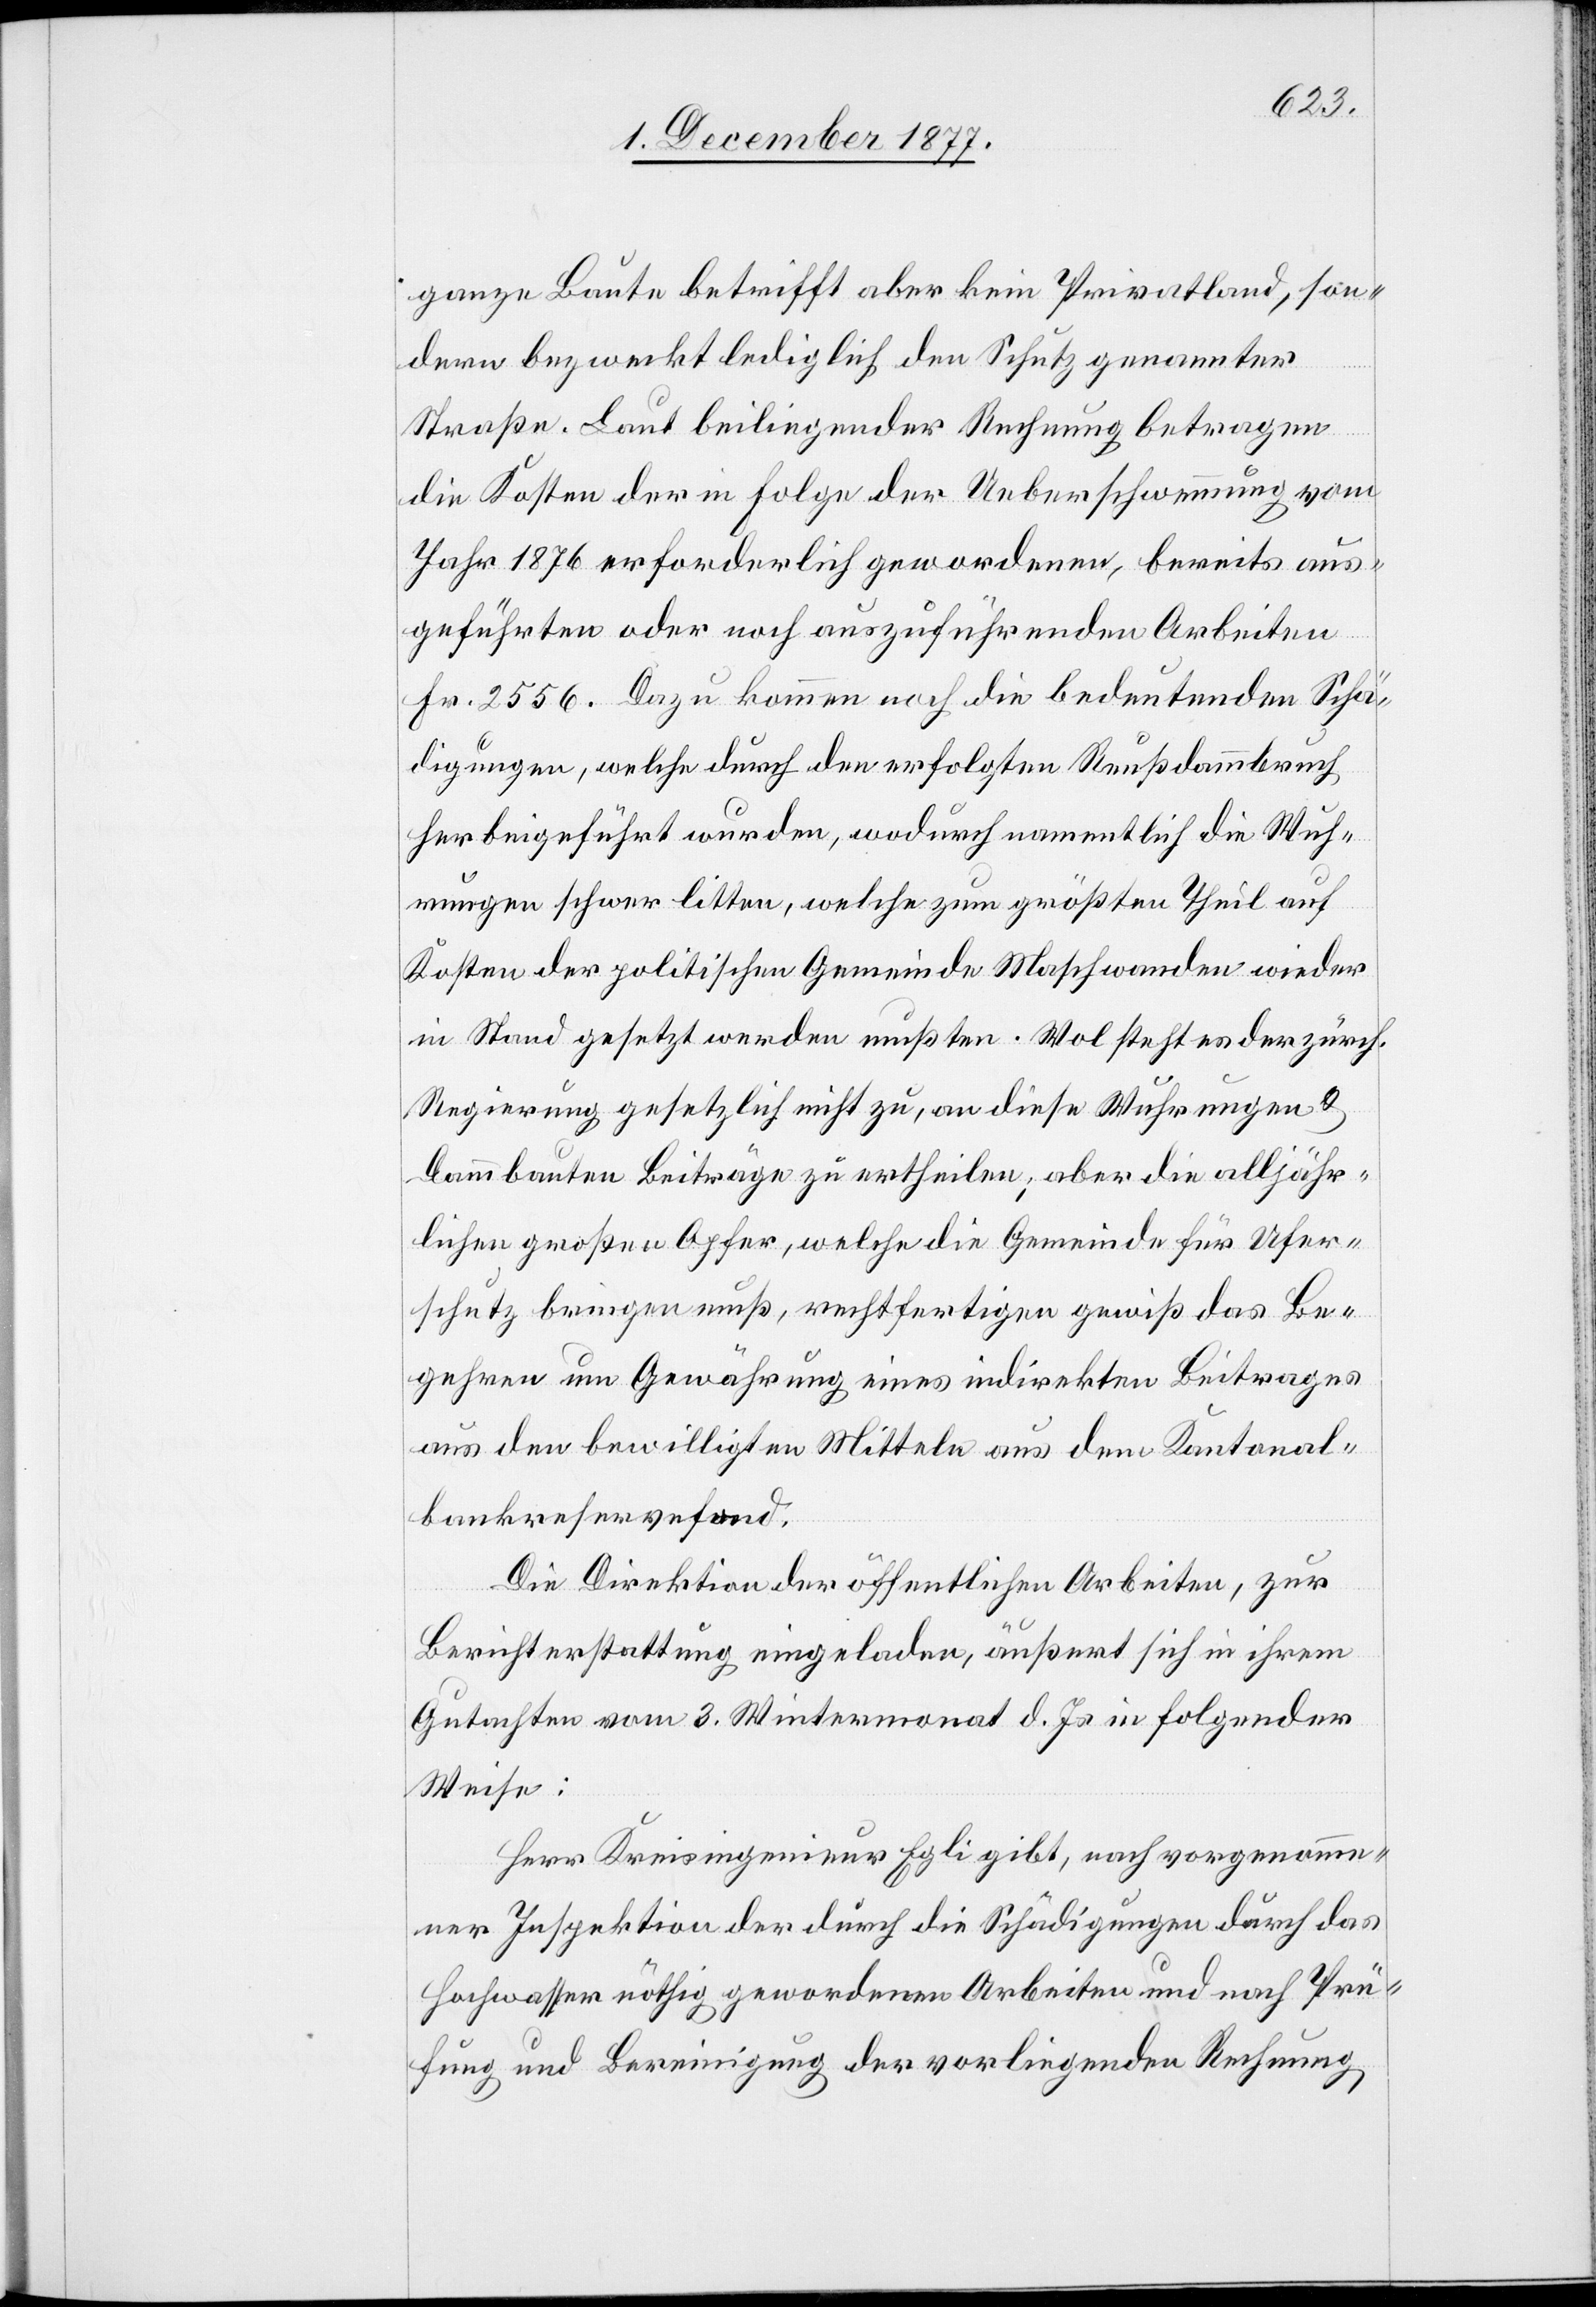
ganze Baute betrifft aber kein Privatland, son¬
dern bezweckt lediglich den Schutz genannter
Straße. Laut beiliegender Rechnung betragen
die Kosten der in Folge der Ueberschwemmung vom
Jahr 1876 erforderlich gewordenen, bereits aus¬
geführten oder noch auszuführenden Arbeiten
Fr. 2556. Dazu kommen noch die bedeutenden Schä¬
digungen, welche durch den erfolgten Reußdammbruch
herbeigeführt wurden, wodurch namentlich die Wuh¬
rungen schwer litten, welche zum größten Theil auf
Kosten der politischen Gemeinde Maschwanden wieder
in Stand gesetzt werden mußten. Wol steht es der zürch.
Regierung gesetzlich nicht zu, an diese Wuhrungen &
Dammbauten Beiträge zu ertheilen; aber die alljähr¬
lichen großen Opfer, welche die Gemeinde für Ufer¬
schutz bringen muß, rechtfertigen gewiß das Be¬
gehren um Gewährung eines indirekten Beitrages
aus den bewilligten Mitteln aus dem Kantonal¬
bankreservefond.
Die Direktion der öffentlichen Arbeiten, zur
Berichterstattung eingeladen, äußert sich in ihrem
Gutachten vom 3. Wintermonat d. Js. in folgender
Weise:
Herr Kreisingenieur Egli gibt, nach vorgenomme¬
ner Inspektion der durch die Schädigungen durch das
Hochwasser nöthig gewordenen Arbeiten und nach Prü¬
fung und Bereinigung der vorliegenden Rechnung